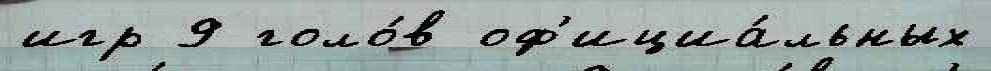
игр 9 голо́в оф'ициа́льных